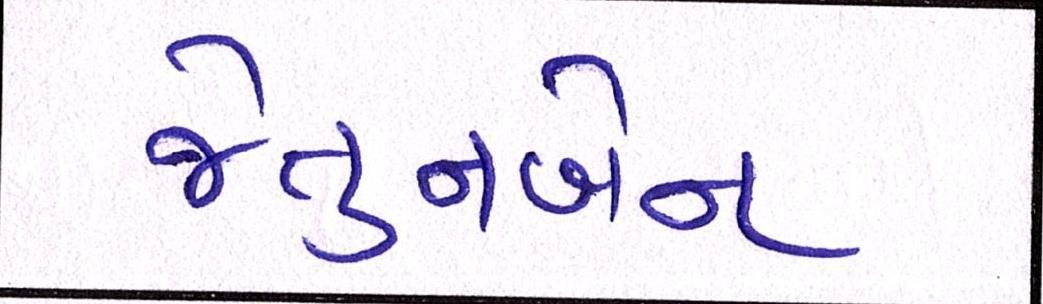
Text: જેતુનબેન